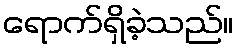
ရောက်ရှိခဲ့သည်။